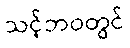
သင့်ဘဝတွင်